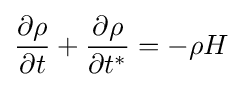
{\partial \rho  \over \partial t}+{\partial \rho  \over \partial t^{*}}=-\rho H